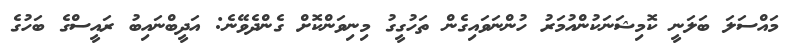
މައްސަލަ ބަލަނީ ކޮމިޝަނަކުންއުމަރު ހުންނަވައިގެން ތަހުގީގު މިނިވަންކޮށް ގެންދެވޭނެ: އަދީބްނައިބު ރައީސްގެ ބަހުގެ